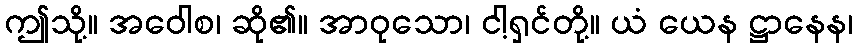
ဤသို့။ အဝေါစ၊ ဆို၏။ အာဝုသော၊ ငါ့ရှင်တို့။ ယံ ယေန ဋ္ဌာနေန၊